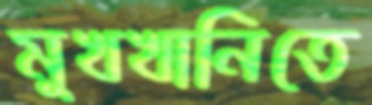
মুখখানিতে